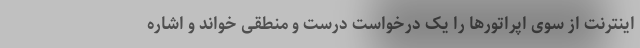
اینترنت از سوی اپراتورها را یک درخواست درست و منطقی خواند و اشاره